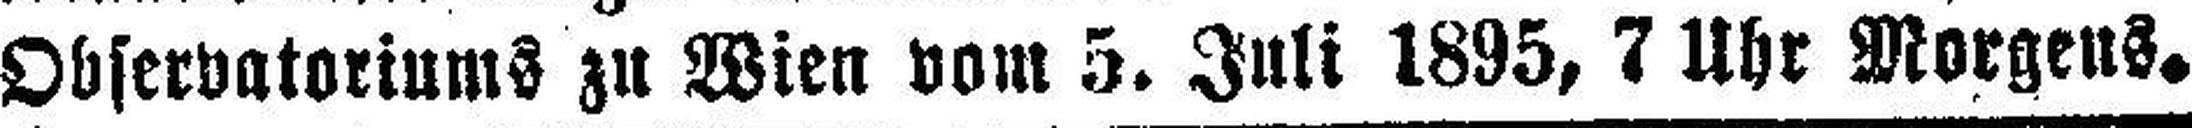
Observatoriums zu Wien vom 5. Juli 1895, 7 Uhr Morgens.